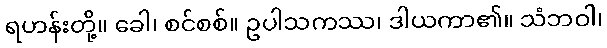
ရဟန်းတို့။ ခေါ၊ စင်စစ်။ ဥပါသကဿ၊ ဒါယကာ၏။ သံဘဝါ၊